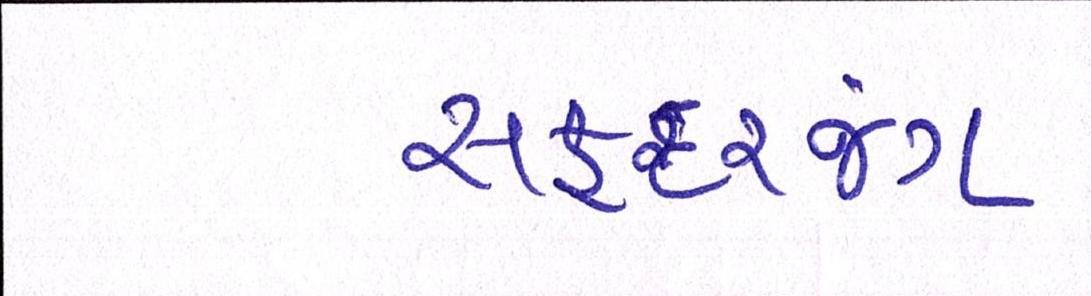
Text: સફદરજંગ